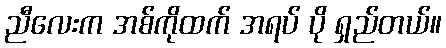
ညီလေးက အစ်ကိုထက် အရပ် ပို ရှည်တယ်။